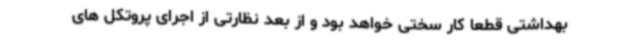
بهداشتی قطعا کار سختی خواهد بود و از بعد نظارتی از اجرای پروتکل های